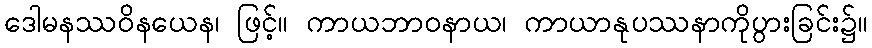
ဒေါမနဿဝိနယေန၊ ဖြင့်။ ကာယဘာဝနာယ၊ ကာယာနုပဿနာကိုပွားခြင်း၌။